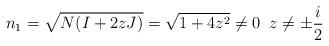
LaTeX: \begin{align*}n_1 = \sqrt{N(I+2zJ)}=\sqrt{1+4z^2}\neq 0 \;\; z\neq \pm \frac{i}{2}\end{align*}